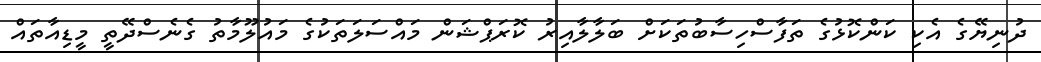
ދުނިޔޭގެ އެކި ކަންކޮޅުގެ ތަފާސްހިސާބުތަކަށް ބަލާލާއިރު ކޮރަޕްޝަން މައްސަލަތަކުގެ މައުލޫމާތު ގެނެސްދޭތީ މީޑިއާތައް